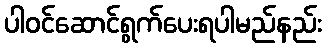
ပါဝင်ဆောင်ရွက်ပေးရပါမည်နည်း